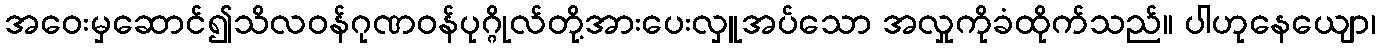
အဝေးမှဆောင်၍သိလဝန်ဂုဏဝန်ပုဂ္ဂိုလ်တို့အားပေးလှူအပ်သော အလှုကိုခံထိုက်သည်။ ပါဟုနေယျော၊